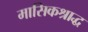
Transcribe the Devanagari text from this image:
मासिकश्राद्ध